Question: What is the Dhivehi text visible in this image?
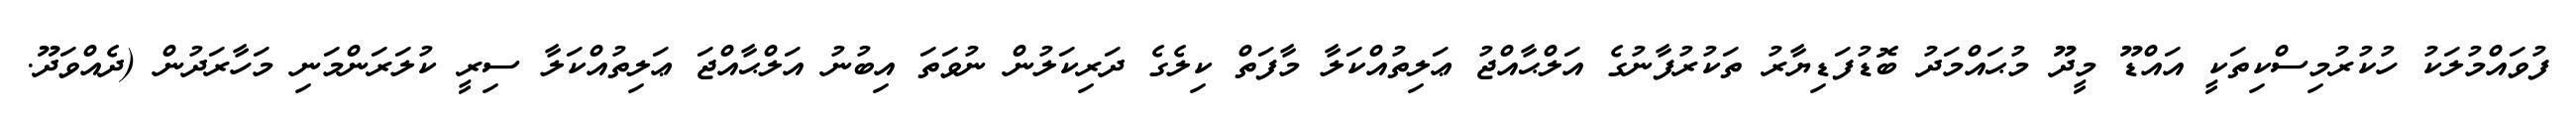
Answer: ފުވައްމުލަކު ހުކުރުމިސްކިތަކީ އައްޑޫ މީދޫ މުޙައްމަދު ބޮޑުފަޑިޔާރު ތަކުރުފާނުގެ އަލްޙާއްޖު ޢަލިތުއްކަލާ މާފަތް ކިލެގެ ދަރިކަލުން ނުވަތަ އިބުނު އަލްޙާއްޖަ ޢަލިތުއްކަލާ ސިރީ ކުލަރަންމަނި މަހާރަދުން (ދެއްވަދޫ.